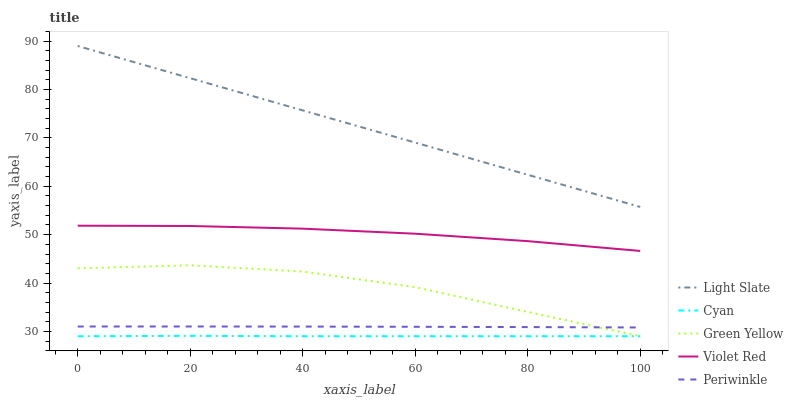
| xaxis_label | Light Slate | Cyan | Green Yellow | Violet Red | Periwinkle |
 | --- | --- | --- | --- | --- | --- |
 | 0 | 89 | 29 | 43 | 51.9 | 31 |
 | 20 | 82.3 | 29.1 | 43.7 | 51.8 | 31 |
 | 40 | 75.7 | 29 | 42.4 | 51.2 | 31 |
 | 60 | 69 | 29 | 39.2 | 50.2 | 31 |
 | 80 | 62.4 | 29 | 34 | 48.7 | 30.9 |
 | 100 | 55.7 | 29 | 29 | 46.6 | 30.8 |